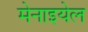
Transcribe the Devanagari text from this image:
मेनाइयेल